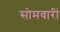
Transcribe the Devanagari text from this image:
सोमवारीं